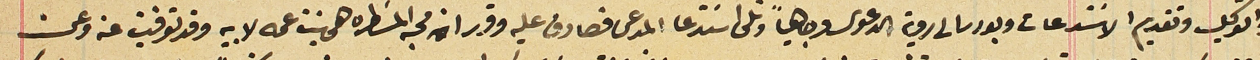
والتوكيل وتقديم الاسَتدعات وبودر الى روية الدعوى وجاهياً وتلى اسَتدعا المدعى فصادق عليه وقرر ان محبه المسَطره هي بنت عمه لابيه وقد توفيت عنه وعن